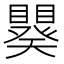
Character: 𬑪